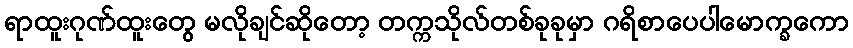
ရာထူးဂုဏ်ထူးတွေ မလိုချင်ဆိုတော့ တက္ကသိုလ်တစ်ခုခုမှာ ဂရိစာပေပါမောက္ခကော